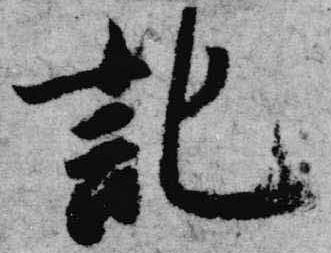
記